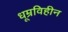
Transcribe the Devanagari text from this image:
धूम्रविहीन